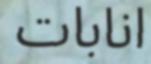
انابات